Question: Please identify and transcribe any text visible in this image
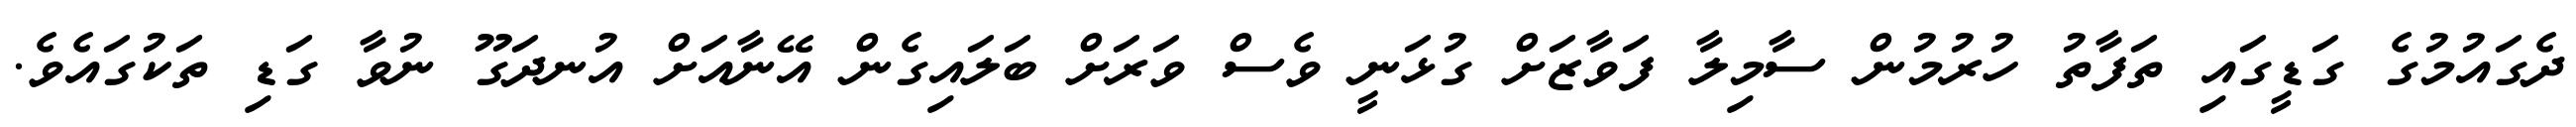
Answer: ދެގައުމުގެ ގަޑީގައި ތަފާތު ހުރުމުން ސާމިލާ ފަވާޒަށް ގުޅަނީ ވެސް ވަރަށް ބަލައިގެން އޭނާއަށް އުނދަގޫ ނުވާ ގަޑި ތަކުގައެވެ.